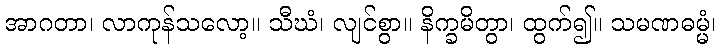
အာဂတာ၊ လာကုန်သလော့။ သီဃံ၊ လျင်စွာ။ နိက္ခမိတွာ၊ ထွက်၍။ သမဏဓမ္မံ၊